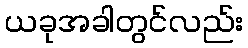
ယခုအခါတွင်လည်း